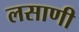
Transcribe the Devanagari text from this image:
लसाणी